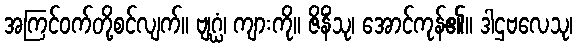
အကြင်ဝက်တို့စင်လျက်။ ဗျဂ္ဃံ၊ ကျားကို။ ဇိနိံသု၊ အောင်ကုန်၏။ ဒါဌဗလေသု၊